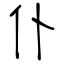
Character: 仆